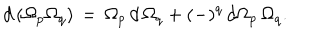
d \, ( \Omega _ { p } \Omega _ { q } ) \, = \, \Omega _ { p } \, d \, \Omega _ { q } + ( - ) ^ { q } \, d \Omega _ { p } \, \Omega _ { q } .